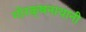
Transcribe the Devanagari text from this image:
गोरक्षनाथानी